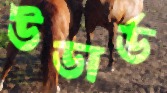
উডার্ড